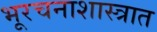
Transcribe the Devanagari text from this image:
भूरचनाशास्त्रात